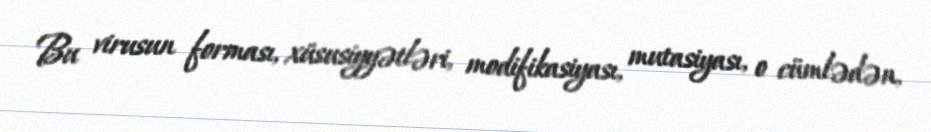
Bu virusun forması, xüsusiyyətləri, modifikasiyası, mutasiyası, o cümlədən,